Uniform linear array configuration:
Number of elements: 16
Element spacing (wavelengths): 0.5
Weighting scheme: blackman
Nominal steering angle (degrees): -60
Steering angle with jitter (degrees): -61.167
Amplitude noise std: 0.05
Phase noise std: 0.05

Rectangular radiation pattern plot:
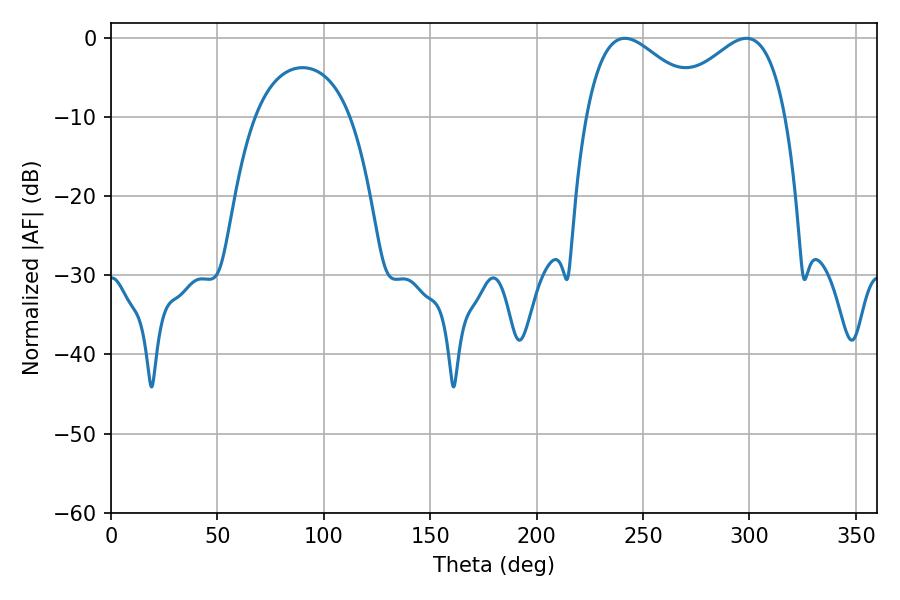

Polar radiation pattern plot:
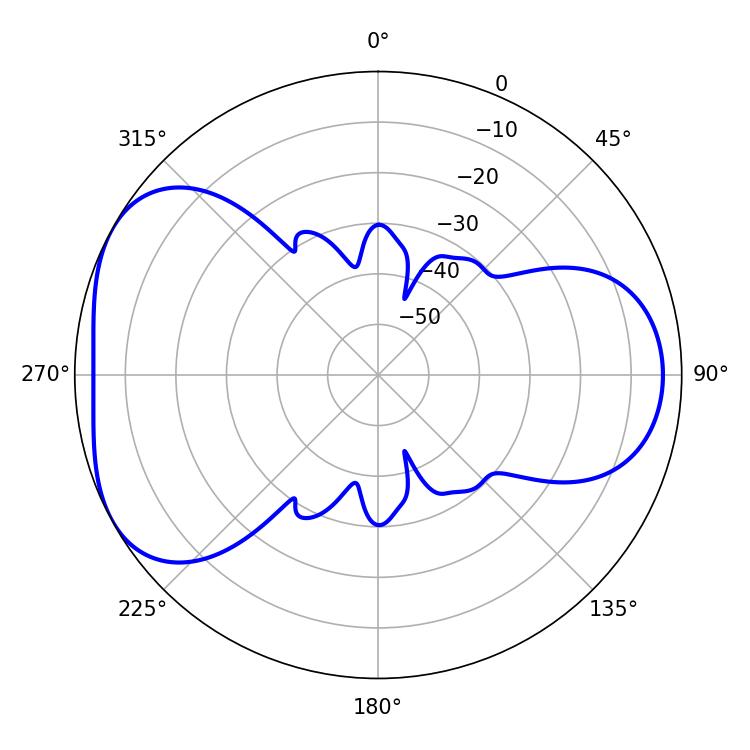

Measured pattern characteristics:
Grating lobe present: FALSE
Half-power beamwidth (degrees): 30.6
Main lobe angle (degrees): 241.38